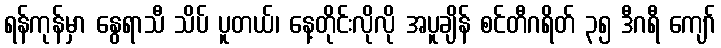
ရန်ကုန်မှာ နွေရာသီ သိပ် ပူတယ်၊ နေ့တိုင်းလိုလို အပူချိန် စင်တီဂရိတ် ၃၅ ဒီဂရီ ကျော်